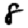
Digit: 8